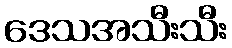
ဒေသအသီးသီး